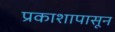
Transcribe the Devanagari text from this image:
प्रकाशापासून